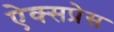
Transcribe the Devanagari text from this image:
ऐक्सप्रेस